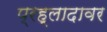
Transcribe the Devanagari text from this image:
प्रह्लादावर